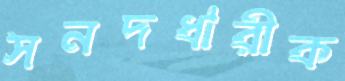
সনদধারীক